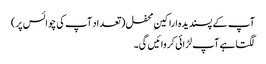
آپ کے پسندیدہ اراکینِ محفل ( تعداد آپ کی چوائس پر)
لگتا ہے آپ لڑائی کروائیں گی۔